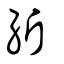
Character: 紤